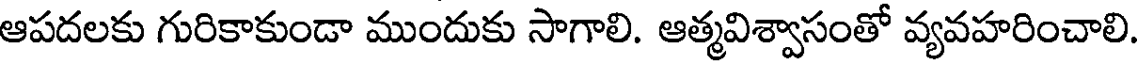
ఆపదలకు గురికాకుండా ముందుకు సాగాలి. ఆత్మవిశ్వాసంతో వ్యవహరించాలి.